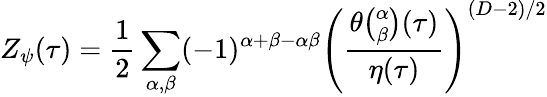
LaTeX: Z_{\psi}(\tau)={\frac{1}{2}}\sum_{\alpha,\beta}(-1)^{\alpha+\beta-\alpha\beta}\left({\frac{\theta{\binom{\alpha}{\beta}}(\tau)}{\eta(\tau)}}\right)^{(D-2)/2}